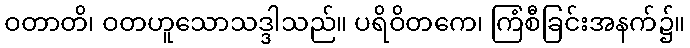
ဝတာတိ၊ ဝတဟူသောသဒ္ဒါသည်။ ပရိဝိတကေ၊ ကြံစီခြင်းအနက်၌။